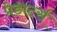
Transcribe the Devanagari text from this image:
प्रेडाटर्स